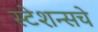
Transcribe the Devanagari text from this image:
स्टेशन्सचे